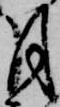
月